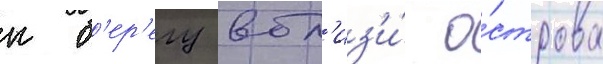
к б'ер'егу вбл'из'и́ о́строва